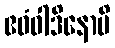
ဧဝံဝါဒိနောပိ